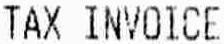
TAX INVOICE